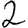
Digit: 2